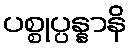
ပစ္စုပ္ပန္နာနိ